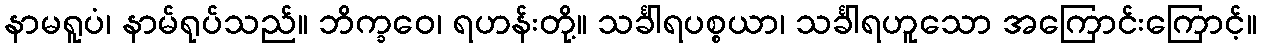
နာမရူပံ၊ နာမ်ရုပ်သည်။ ဘိက္ခဝေ၊ ရဟန်းတို့။ သင်္ခါရပစ္စယာ၊ သင်္ခါရဟူသော အကြောင်းကြောင့်။